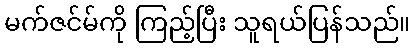
မက်ဇင်မ်ကို ကြည့်ပြီး သူရယ်ပြန်သည်။